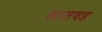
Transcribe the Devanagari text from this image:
सातवड